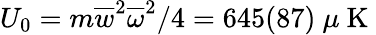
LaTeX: U_{0}=m\overline{{w}}^{2}\overline{{\omega}}^{2}/4=645(87)~\mu\mathrm{~K~}